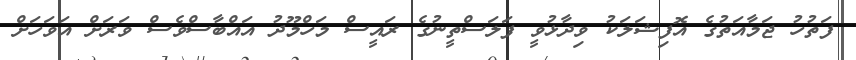
ފަތުހު ޖަމާއަތުގެ އޮފިޝަލަކު ވިދާޅުވީ ފަލަސްތީނުގެ ރައީސް މަހްމޫދު އައްބާސްވެސް ވަރަށް އަވަހަށް